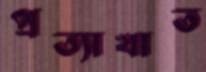
প্রত্যাখাত